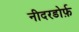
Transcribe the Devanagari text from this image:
नीदरडोर्फ़